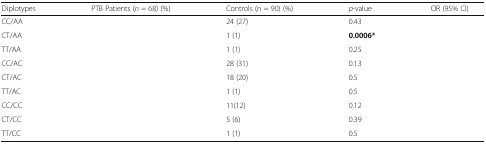
<table><thead><tr><td><b>Diplotypes</b></td><td><b>PTB Patients (<i>n</i> = 68) (%)</b></td><td><b>Controls (n = 90) (%)</b></td><td><b><i>p</i>-value</b></td><td><b>OR (95% CI)</b></td></tr></thead><tbody><tr><td>CC/AA</td><td>[EMPTY_CELL]</td><td>24 (27)</td><td>0.43</td><td>[EMPTY_CELL]</td></tr><tr><td>CT/AA</td><td>[EMPTY_CELL]</td><td>1 (1)</td><td><b>0.0006*</b></td><td>[EMPTY_CELL]</td></tr><tr><td>TT/AA</td><td>[EMPTY_CELL]</td><td>1 (1)</td><td>0.25</td><td>[EMPTY_CELL]</td></tr><tr><td>CC/AC</td><td>[EMPTY_CELL]</td><td>28 (31)</td><td>0.13</td><td>[EMPTY_CELL]</td></tr><tr><td>CT/AC</td><td>[EMPTY_CELL]</td><td>18 (20)</td><td>0.5</td><td>[EMPTY_CELL]</td></tr><tr><td>TT/AC</td><td>[EMPTY_CELL]</td><td>1 (1)</td><td>0.5</td><td>[EMPTY_CELL]</td></tr><tr><td>CC/CC</td><td>[EMPTY_CELL]</td><td>11(12)</td><td>0.12</td><td>[EMPTY_CELL]</td></tr><tr><td>CT/CC</td><td>[EMPTY_CELL]</td><td>5 (6)</td><td>0.39</td><td>[EMPTY_CELL]</td></tr><tr><td>TT/CC</td><td>[EMPTY_CELL]</td><td>1 (1)</td><td>0.5</td><td>[EMPTY_CELL]</td></tr></tbody></table>